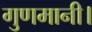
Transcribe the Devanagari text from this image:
गुणमानी।